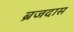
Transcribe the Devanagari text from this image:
ब्रजदास